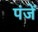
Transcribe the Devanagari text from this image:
पंजें